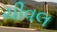
ચીવલ